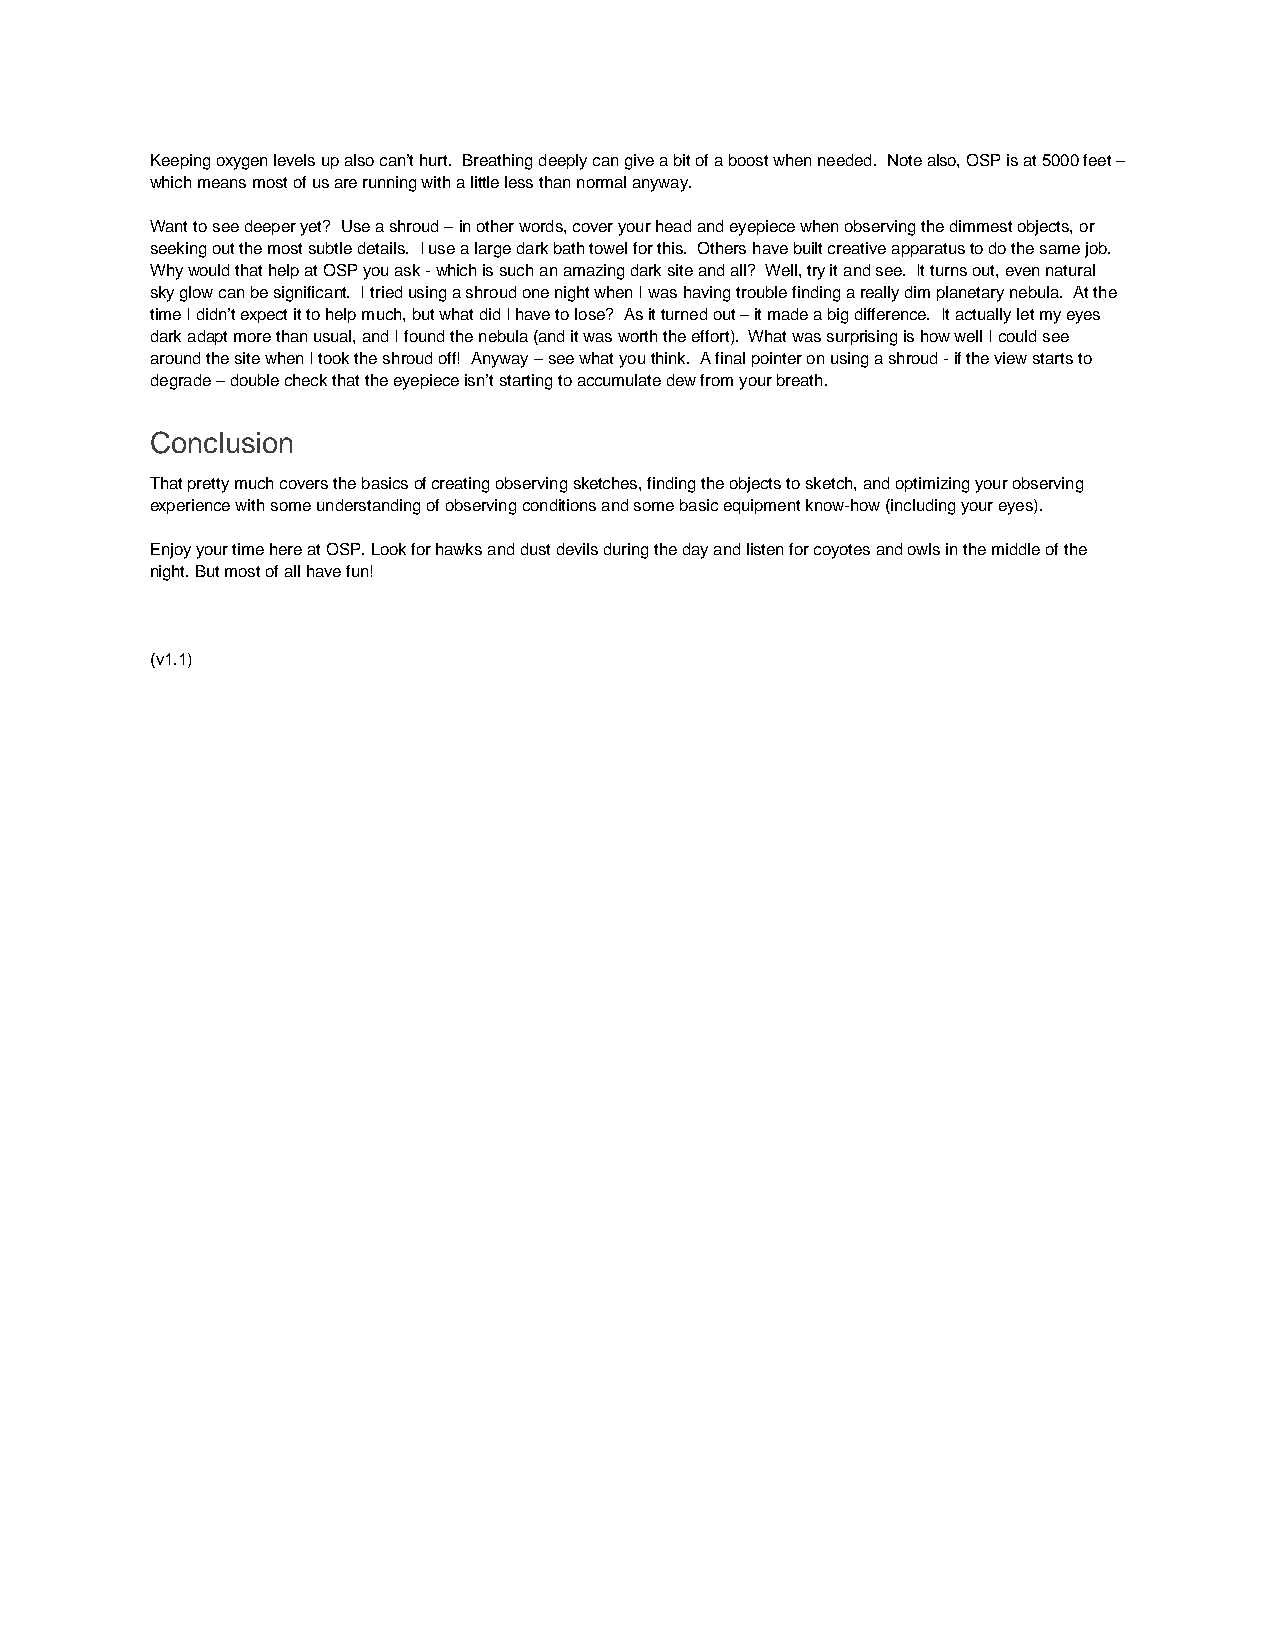
Keeping oxygen levels up also can’t hurt. Breathing deeply can give a bit of a boost when needed. Note also, OSP is at 5000 feet –
 which means most of us are running with a little less than normal anyway.
 Want to see deeper yet? Use a shroud – in other words, cover your head and eyepiece when observing the dimmest objects, or
 seeking out the most subtle details. I use a large dark bath towel for this. Others have built creative apparatus to do the same job.
 Why would that help at OSP you ask - which is such an amazing dark site and all? Well, try it and see. It turns out, even natural
 sky glow can be significant. I tried using a shroud one night when I was having trouble finding a really dim planetary nebula. At the
 time I didn’t expect it to help much, but what did I have to lose? As it turned out – it made a big difference. It actually let my eyes
 dark adapt more than usual, and I found the nebula (and it was worth the effort). What was surprising is how well I could see
 around the site when I took the shroud off! Anyway – see what you think. A final pointer on using a shroud - if the view starts to
 degrade – double check that the eyepiece isn’t starting to accumulate dew from your breath.
 Conclusion
 That pretty much covers the basics of creating observing sketches, finding the objects to sketch, and optimizing your observing
 experience with some understanding of observing conditions and some basic equipment know-how (including your eyes).
 Enjoy your time here at OSP. Look for hawks and dust devils during the day and listen for coyotes and owls in the middle of the
 night. But most of all have fun!
 (v1.1)